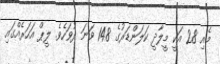
މެއި 28 އަކީ މީލާދީ ކަލަންޑަރުގެ 148 ވަނަ ދުވަހެވެ. ލީޕް އަހަރެއްގައި